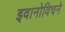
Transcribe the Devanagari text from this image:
इवानोविचने